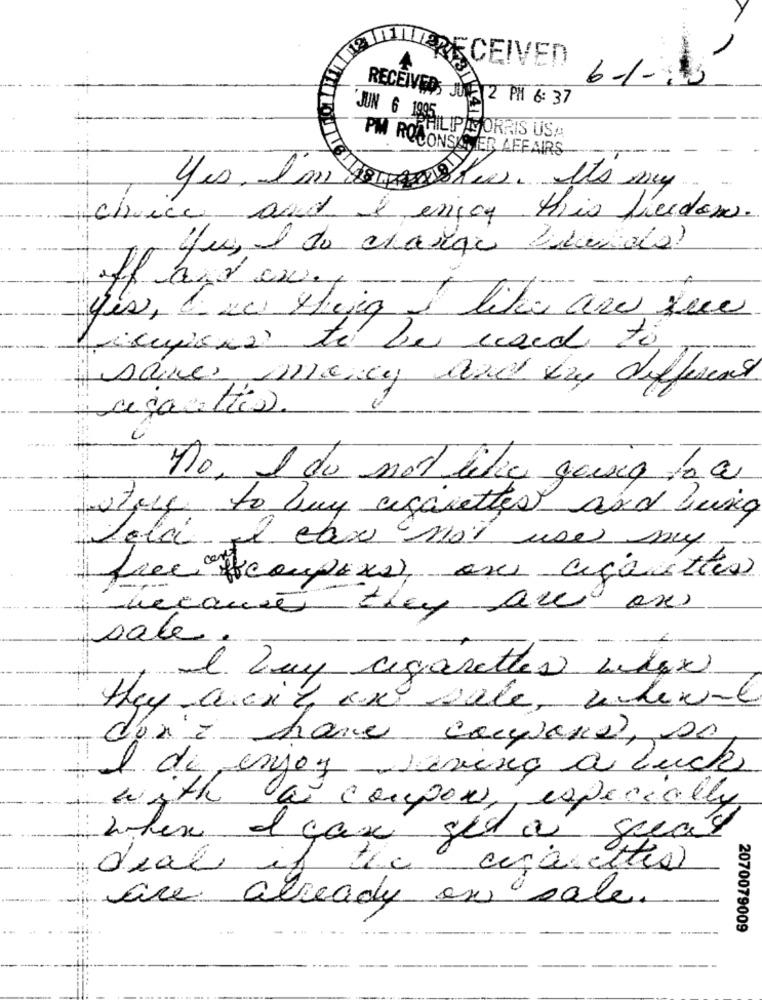
ECEIVED
6-1-1
RECEIVEDS JUL 2 PM 6: 37
JUN 6 1995
FILIPASORRIS USA
PM ROCONSUMER AFFAIRS
yes, I'm
Shees. It's my
choice and
& enjoy this fielden.
4u, e de charge Pando?
f and cw.
yes, I xx Hija I like are que
saves mnancy and buy different
stre to buy cigarettes and being
letá 2. can not use my
frececoupexe, asi cigarettes
because they are ones
sale
I buy cigarettes widex
they went on sale, where
don'è hane campana, se
I de enjoy Jeving à luck
with a coupon, especially
Latex el cax get a suas
deal if
are already en sale.
2070079009